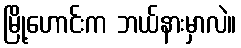
မြို့ဟောင်းက ဘယ်နားမှာလဲ။